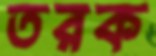
তরক